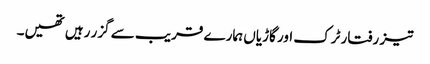
تیز رفتار ٹرک اور گاڑیاں ہمارے قریب سے گزر رہیں تھیں۔